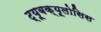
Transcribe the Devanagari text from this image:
ट्यूबक्यूलोसिस